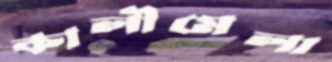
কালীমেলা